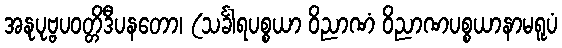
အနုပုဗ္ဗပဝတ္တိဒီပနတော၊ (သင်္ခါရပစ္စယာ ဝိညာဏံ ဝိညာဏပစ္စယာနာမရူပံ